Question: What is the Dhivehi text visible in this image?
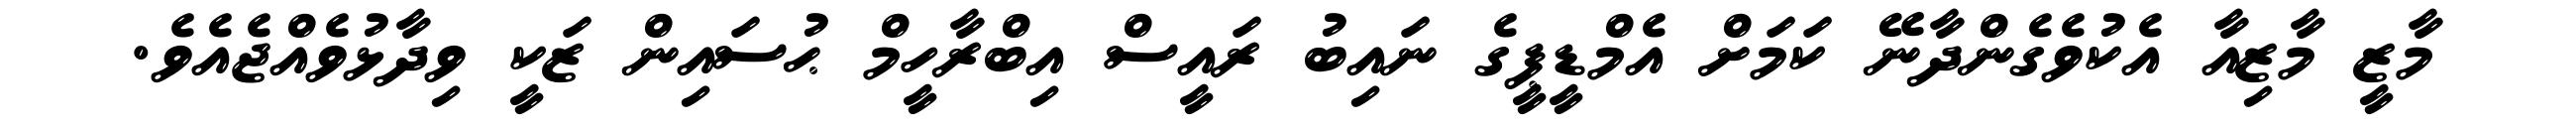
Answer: މާޒީ މާޒިއާ އެކުވެގެންދާނޭ ކަމަށް އެމްޑީޕީގެ ނައިބު ރައީސް އިބްރާހީމް ޙުސައިން ޒަކީ ވިދާޅުވެއްޖެއެވެ.